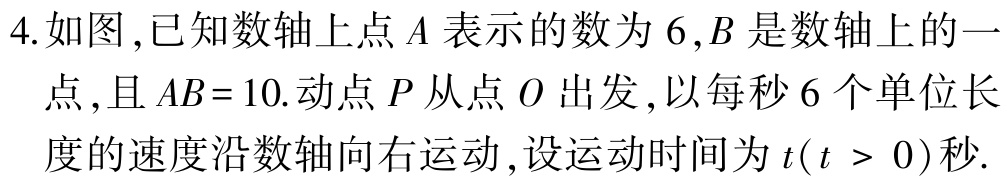
4.如图,已知数轴上点\(A\)表示的数为\(6\),\(B\)是数轴上的一

点,且\(AB = 10\).动点\(P\)从点\(O\)出发,以每秒\(6\)个单位长

度的速度沿数轴向右运动,设运动时间为\(t(t > 0)\)秒.